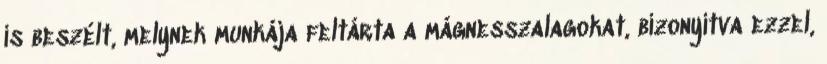
is beszélt, melynek munkája feltárta a mágnesszalagokat, bizonyítva ezzel,